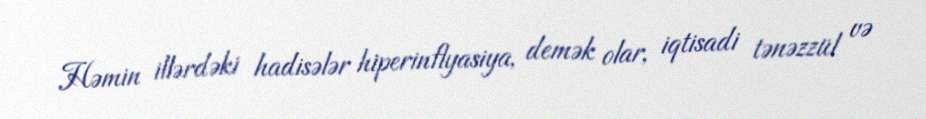
Həmin illərdəki hadisələr hiperinflyasiya, demək olar, iqtisadi tənəzzül və